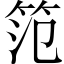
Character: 笵